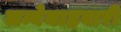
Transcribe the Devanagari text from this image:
लम्बेमाहवारी